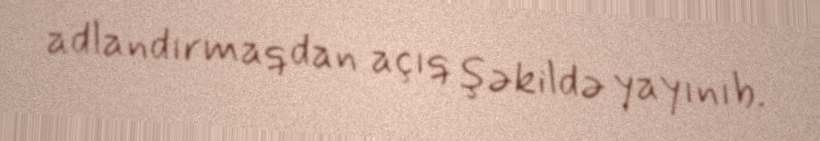
adlandırmaqdan açıq şəkildə yayınıb.